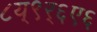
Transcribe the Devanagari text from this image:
८य्९र्६ए६